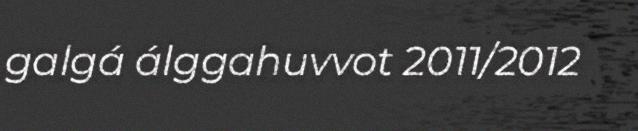
galgá álggahuvvot 2011/2012